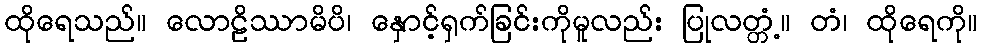
ထိုရေသည်။ လောဠိဿာမိပိ၊ နှောင့်ရှက်ခြင်းကိုမူလည်း ပြုလတ္တံ့။ တံ၊ ထိုရေကို။